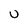
Character: U